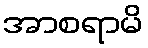
အာစရာမိ